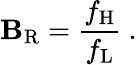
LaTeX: \mathbf{B}_{\mathrm{{R}}}={\frac{{f_{\mathrm{{H}}}}}{{f_{\mathrm{{L}}}}}}\ .